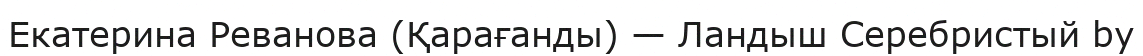
Екатерина Реванова (Қарағанды) — Ландыш Серебристый by